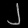
Digit: ၂